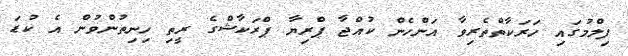
ފިލްމުގައި ހަރަކާތްތެރިވާ އަންހެން ކުއްޖާ ޕްރިޔާ ޕްރަކާޝްގެ ރީތި ހިނިތުންވުން އެ ކުޑަ